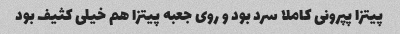
پیتزا پپرونی کاملا سرد بود و روی جعبه پیتزا هم خیلی کثیف بود